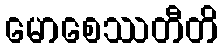
မောစေဿတီတိ